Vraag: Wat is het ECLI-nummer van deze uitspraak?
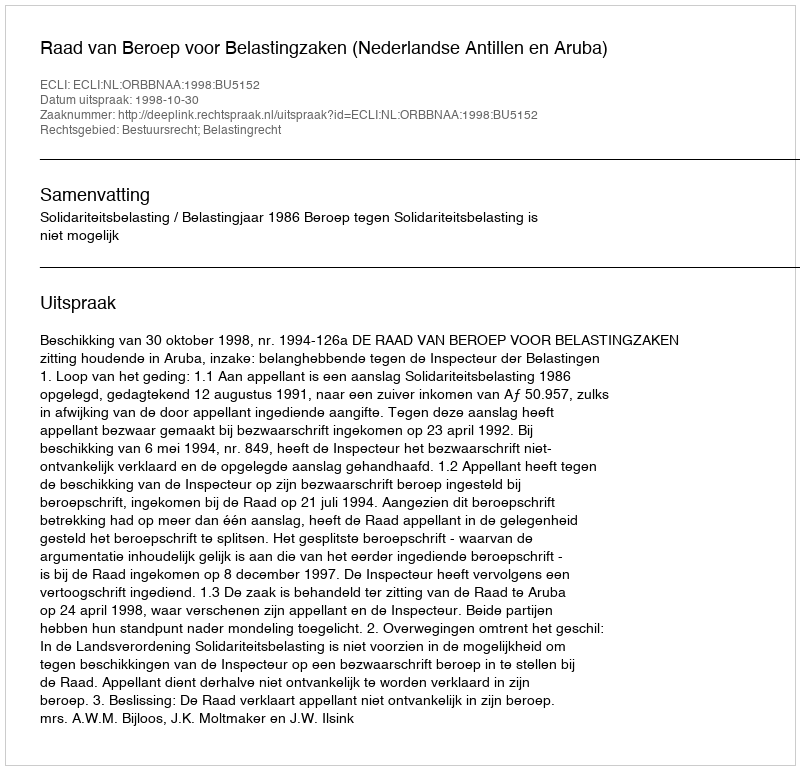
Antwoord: ECLI:NL:ORBBNAA:1998:BU5152